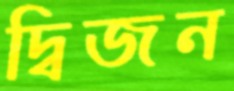
দ্বিজন